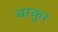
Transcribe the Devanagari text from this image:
बरकुर